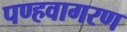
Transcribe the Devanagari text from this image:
पण्हवागरण